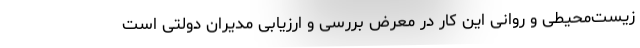
زیست‌محیطی و روانی این کار در معرض بررسی و ارزیابی مدیران دولتی است